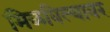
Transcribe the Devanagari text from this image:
मिळविल्यावर